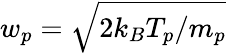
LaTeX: w_{p}=\sqrt{2k_{B}T_{p}/m_{p}}